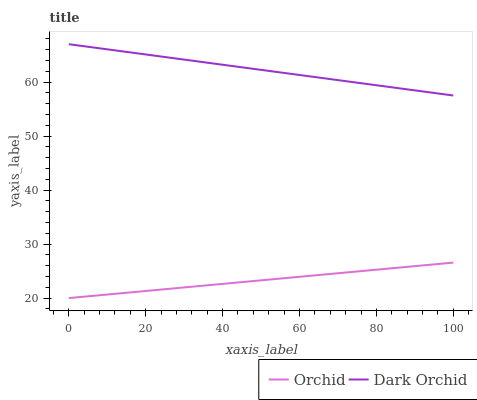
| xaxis_label | Orchid | Dark Orchid |
 | --- | --- | --- |
 | 0 | 20 | 67 |
 | 20 | 21.3 | 65.1 |
 | 40 | 22.6 | 63.2 |
 | 60 | 23.9 | 61.3 |
 | 80 | 25.3 | 59.4 |
 | 100 | 26.6 | 57.5 |